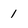
Character: 1